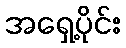
အရှေ့ပိုင်း